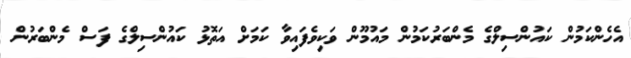
އެހެންކަމުން ކައުންސިލްގެ މެންބަރުކަމުން މައުމޫން ވަކިވެފައިވާ ކަމަށް އަތޮޅު ކައުންސިލްގެ ފަސް މެންބަރުން